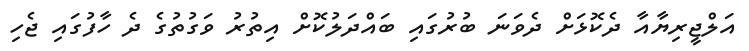
އަލްޖީރިޔާއާ ދެކޮޅަށް ދެވަނަ ބުރުގައި ބައްދަލުކޮށް އިތުރު ވަގުތުގެ ދެ ހާފުގައި ޖެހި